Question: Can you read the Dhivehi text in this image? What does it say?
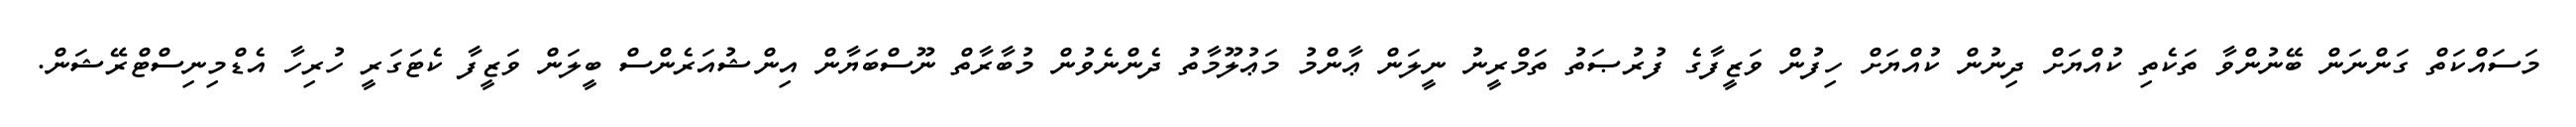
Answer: މަސައްކަތް ގަންނަން ބޭނުންވާ ތަކެތި ކުއްޔަށް ދިނުން ކުއްޔަށް ހިފުން ވަޒީފާގެ ފުރުޞަތު ތަމްރީނު ނީލަން ޢާންމު މަޢުލޫމާތު ދެންނެވުން މުބާރާތް ނޫސްބަޔާން އިންޝުއަރެންސް ބީލަން ވަޒީފާ ކެޓަގަރީ ހުރިހާ އެޑްމިނިސްޓްރޭޝަން.